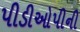
પીડીઓપીની